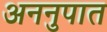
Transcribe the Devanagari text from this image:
अननुपात